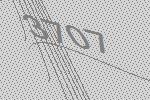
3707